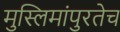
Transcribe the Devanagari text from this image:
मुस्लिमांपुरतेच